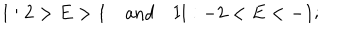
LaTeX: \mathrm { I } : 2 > E > 1 \quad \mathrm { a n d } \quad \mathrm { I I } : - 2 < E < - 1 ;